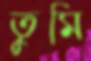
তুমি